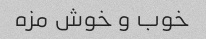
خوب و خوش مزه